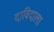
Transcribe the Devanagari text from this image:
दाविदाला